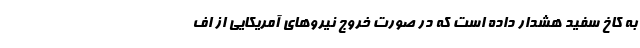
به کاخ سفید هشدار داده است که در صورت خروج نیروهای آمریکایی از اف